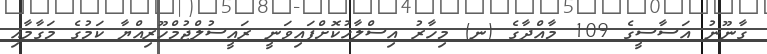
ގާނޫނު އަސާސީގެ 109 މާއްދާގެ (ނ) މިހާރު އިސްލާހުކޮށްފައިވަނީ ރައީސުލްޖުމްހޫރިއްޔާ ކަމުގެ މަގާމާއި